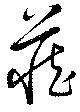
蔵